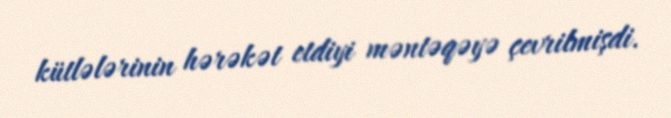
kütlələrinin hərəkət etdiyi məntəqəyə çevrilmişdi.